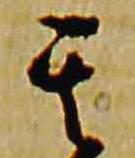
其